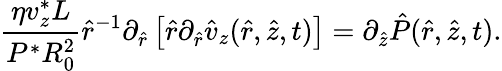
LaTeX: \frac{\eta v_{z}^{*}L}{P^{*}R_{0}^{2}}\hat{r}^{-1}\partial_{\hat{r}}\left[\hat{r}\partial_{\hat{r}}\hat{v}_{z}(\hat{r},\hat{z},t)\right]=\partial_{\hat{z}}\hat{P}(\hat{r},\hat{z},t).